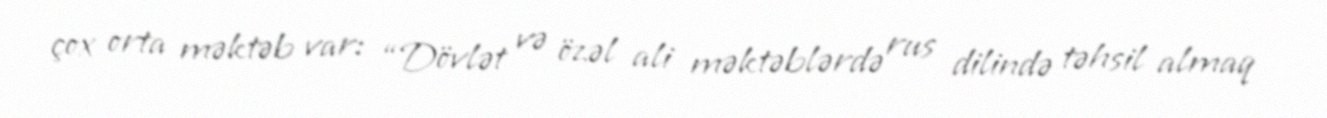
çox orta məktəb var: “Dövlət və özəl ali məktəblərdə rus dilində təhsil almaq